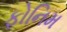
ફોનિમ